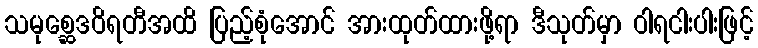
သမုစ္ဆေဒဝိရတီအထိ ပြည့်စုံအောင် အားထုတ်ထားဖို့ရာ ဒီသုတ်မှာ ဝါရငါးပါးဖြင့်